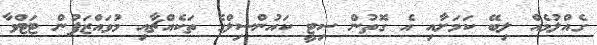
ގެއްލުމެއް ލިބޭ ކަމަށާއި އެ ގޮތުން ސިޓީ ކައުންސިލްގެ ތަކެއްޗާއި މުވައްޒަފުން ޓަޓްވާ